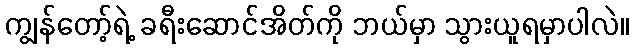
ကျွန်တော့်ရဲ့ ခရီးဆောင်အိတ်ကို ဘယ်မှာ သွားယူရမှာပါလဲ။